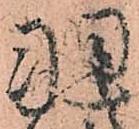
羽